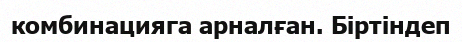
комбинацияга арналған. Біртіндеп